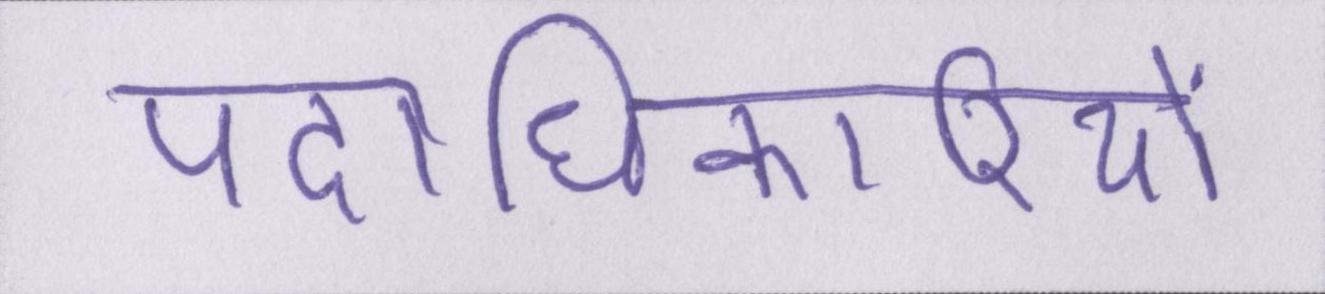
पदाधिकारियों